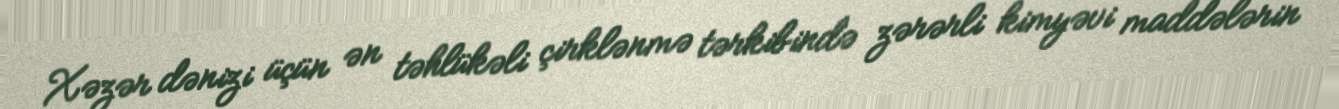
Xəzər dənizi üçün ən təhlükəli çirklənmə tərkibində zərərli kimyəvi maddələrin